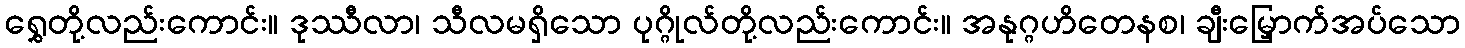
ရွှေတို့လည်းကောင်း။ ဒုဿီလာ၊ သီလမရှိသော ပုဂ္ဂိုလ်တို့လည်းကောင်း။ အနုဂ္ဂဟိတေနစ၊ ချီးမြှောက်အပ်သော